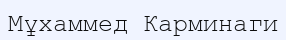
Мұхаммед Карминаги